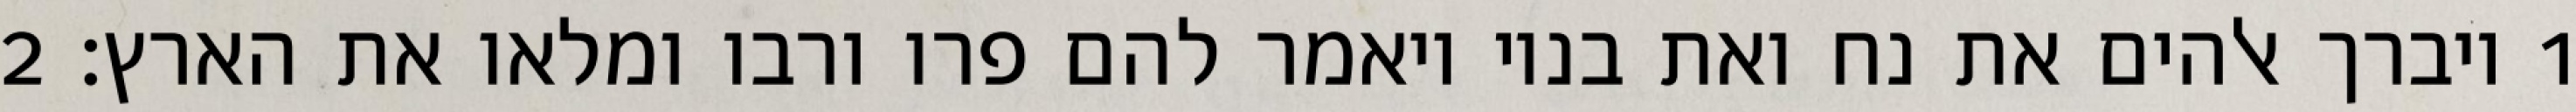
1 ויברך אלהים את נח ואת בניו ויאמר להם פרו ורבו ומלאו את הארץ׃ ‎2‏